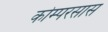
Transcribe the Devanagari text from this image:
कोम्परसास